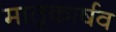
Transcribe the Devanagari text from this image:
मातृकार्षव